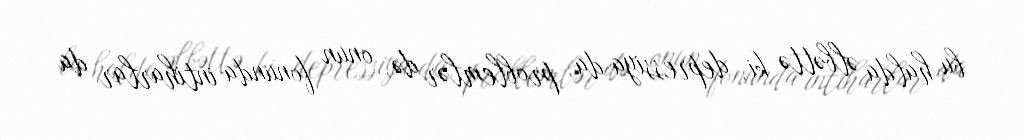
bu halda əlbəttə ki, depressiya da, problemlər də, onun fonunda intiharlar da